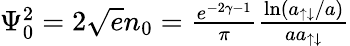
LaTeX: \begin{array}{r}{\Psi_{0}^{2}=2\sqrt{e}n_{0}=\frac{e^{-2\gamma-1}}{\pi}\frac{\ln(a_{\uparrow\downarrow}/a)}{aa_{\uparrow\downarrow}}}\end{array}